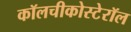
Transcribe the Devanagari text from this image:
कॉलचीकोस्टेरॉल